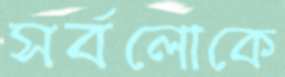
সর্বলোকে